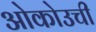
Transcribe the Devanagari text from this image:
ओकोउची